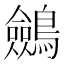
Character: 𪇇